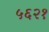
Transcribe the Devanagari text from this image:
५६२१